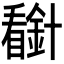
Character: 𰦈